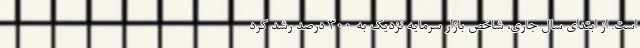
است. از ابتدای سال جاری، شاخص بازار سرمایه نزدیک به 300 درصد رشد کرد